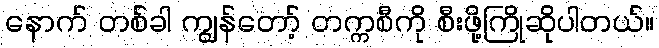
နောက် တစ်ခါ ကျွန်တော့် တက္ကစီကို စီးဖို့ကြိုဆိုပါတယ်။